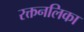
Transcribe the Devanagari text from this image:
रक्तनलिका